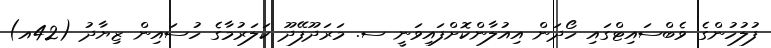
ފުލުހުންގެ ވެބްސައިޓްގައި ހޯދަން އިއުލާންކޮށްފައިވަނީ ސ. މަރަދޫފޭދޫ ކަލަރުމާގެ ހުސައިން ޒިޔާދު (42އ)